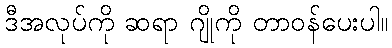
ဒီအလုပ်ကို ဆရာ ဂျိုကို တာဝန်ပေးပါ။